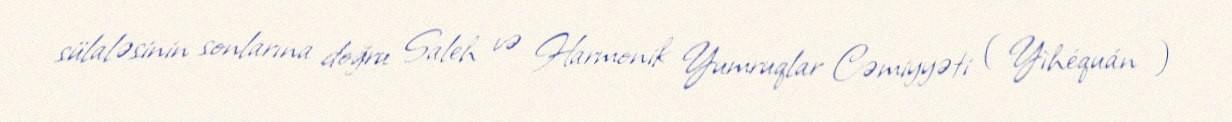
sülaləsinin sonlarına doğru Saleh və Harmonik Yumruqlar Cəmiyyəti ( Yìhéquán )